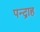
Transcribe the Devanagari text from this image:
पन्द्राह